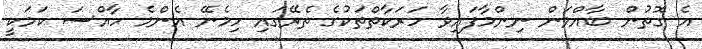
އެ ގޮތުން ބާއްވަން ނިންމާފައިވާ ހަރަކާތްތަކުގެ ތެރޭގައި ހިމެނޭ އެންމެ ހާއްސަ ކަމަކީ